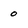
Character: o